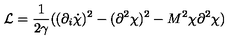
{ \cal L } = \frac { 1 } { 2 \gamma } ( ( \partial _ { i } \dot { \chi } ) ^ { 2 } - ( \partial ^ { 2 } \chi ) ^ { 2 } - M ^ { 2 } \chi \partial ^ { 2 } \chi )